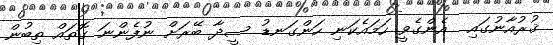
ޤުރުއާނުގައި  އެންގެވީ ހަމައެކަނި ހަންގަނޑު ސީދާ ބޭރަށް ނުފެންނަ ގޮތައް ތިބުން